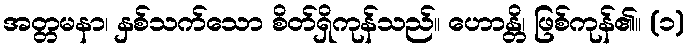
အတ္တမနာ၊ နှစ်သက်သော စိတ်ရှိကုန်သည်။ ဟောန္တိ၊ ဖြစ်ကုန်၏။ (၁)